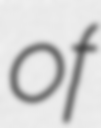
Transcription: of